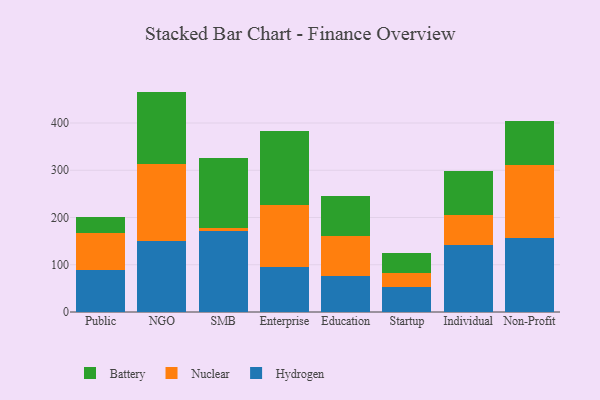
{"axis": {"x": "Segment", "y": "Bounce Rate (%)"}, "legend": ["Battery", "Hydrogen", "Nuclear"], "data": [{"x": "Public", "y": 89.4, "type": "Hydrogen"}, {"x": "Public", "y": 77.6, "type": "Nuclear"}, {"x": "Public", "y": 33.1, "type": "Battery"}, {"x": "NGO", "y": 151.3, "type": "Hydrogen"}, {"x": "NGO", "y": 162.3, "type": "Nuclear"}, {"x": "NGO", "y": 152.9, "type": "Battery"}, {"x": "SMB", "y": 171.1, "type": "Hydrogen"}, {"x": "SMB", "y": 5.8, "type": "Nuclear"}, {"x": "SMB", "y": 149.6, "type": "Battery"}, {"x": "Enterprise", "y": 94.8, "type": "Hydrogen"}, {"x": "Enterprise", "y": 131.9, "type": "Nuclear"}, {"x": "Enterprise", "y": 156.4, "type": "Battery"}, {"x": "Education", "y": 76.5, "type": "Hydrogen"}, {"x": "Education", "y": 84.5, "type": "Nuclear"}, {"x": "Education", "y": 83.9, "type": "Battery"}, {"x": "Startup", "y": 52.5, "type": "Hydrogen"}, {"x": "Startup", "y": 30.0, "type": "Nuclear"}, {"x": "Startup", "y": 41.7, "type": "Battery"}, {"x": "Individual", "y": 141.6, "type": "Hydrogen"}, {"x": "Individual", "y": 62.7, "type": "Nuclear"}, {"x": "Individual", "y": 94.2, "type": "Battery"}, {"x": "Non-Profit", "y": 157.5, "type": "Hydrogen"}, {"x": "Non-Profit", "y": 153.4, "type": "Nuclear"}, {"x": "Non-Profit", "y": 92.8, "type": "Battery"}]}